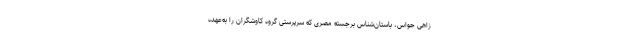
زاهی حواس، باستان‌شناس برجسته مصری که سرپرستی گروه کاوشگران را به‌عهده